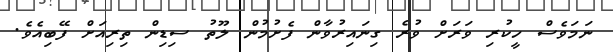
ނަމަވެސް ހީކުރި ވަރަށް ވުރެ ގިނައިރުވާން ފެށުމުން ލޫތު ސިޑިން ތިރިއަށް ފޭބިއެވެ.